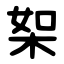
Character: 桇